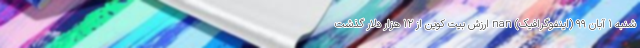
شنبه 1 آبان 99 (اینفوگرافیک) nan ارزش بیت کوین از 12 هزار دلار گذشت